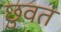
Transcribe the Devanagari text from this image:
छुवत